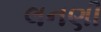
લનણી